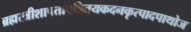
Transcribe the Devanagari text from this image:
ब्रह्मस्त्रीशापतापत्रितयकदनकृत्पादपाथोज